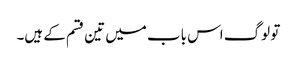
تو لوگ اس باب میں تین قسم کے ہیں۔